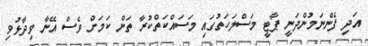
އަދި ފެންނަމުންދަނީ ޕާޓީ މަސްލަހަތުގައި މަސައްކަތްކުރާ ތަން ކަމަށް ވެސް އޭނާ ވިދާޅުވި